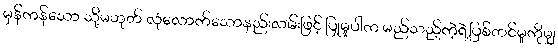
မှန်ကန်သော သို့မဟုတ် လုံလောက်သောနည်းလမ်းဖြင့် ပြုမူပါက မည်သည့်ကဲ့ရဲ့ပြစ်တင်မှုကိုမျှ